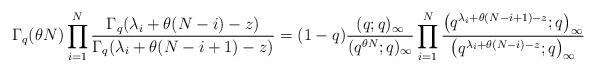
LaTeX: \begin{gather*}\Gamma_q(\theta N)\prod_{i=1}^N{\frac{\Gamma_q(\lambda_i + \theta(N - i) - z)}{\Gamma_q(\lambda_i + \theta(N - i + 1) - z)}} = (1 - q)\frac{(q; q)_{\infty}}{(q^{\theta N}; q)_{\infty}}\prod_{i=1}^N{\frac{\big(q^{\lambda_i + \theta(N - i + 1) - z}; q\big)_{\infty}}{\big(q^{\lambda_i + \theta (N - i) - z}; q\big)_{\infty}}}\end{gather*}